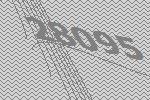
28095